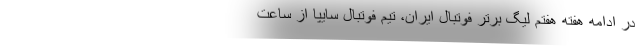
در ادامه هفته هفتم لیگ برتر فوتبال ایران، تیم فوتبال سایپا از ساعت